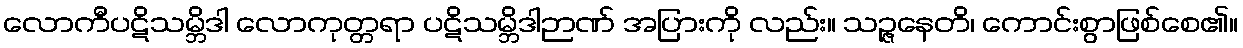
လောကီပဋိသမ္ဘိဒါ လောကုတ္တရာ ပဋိသမ္ဘိဒါဉာဏ် အပြားကို လည်း။ သဉ္ဇနေတိ၊ ကောင်းစွာဖြစ်စေ၏။